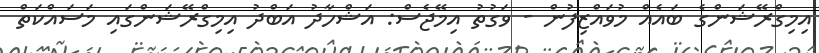
އިމިގްރޭޝަންގެ ބައެއް މުވައްޒިފުން - ވަގުތު އިމޭޖެސް: އަޝްހާދު އަބްދު އިމިގްރޭޝަންގައި މަސައްކަތް